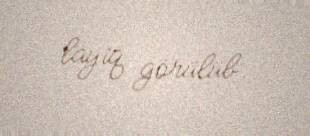
layiq görülüb.